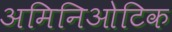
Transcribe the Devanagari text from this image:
अमिनिओटिक